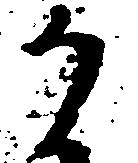
か